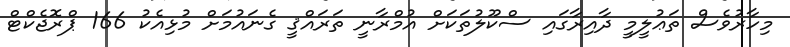
މިހާރުވެސް ތަޢުލީމީ ދާއިރާގައި ސްކޫލުތަކަށް އުމްރާނީ ތަރައްޤީ ގެނައުމަށް މުޅިއެކު 166 ޕްރޮޖެކްޓް